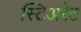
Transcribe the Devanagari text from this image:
स्टिअरेट